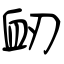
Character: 衂